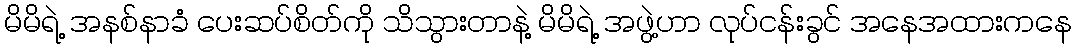
မိမိရဲ့ အနစ်နာခံ ပေးဆပ်စိတ်ကို သိသွားတာနဲ့ မိမိရဲ့ အဖွဲ့ဟာ လုပ်ငန်းခွင် အနေအထားကနေ